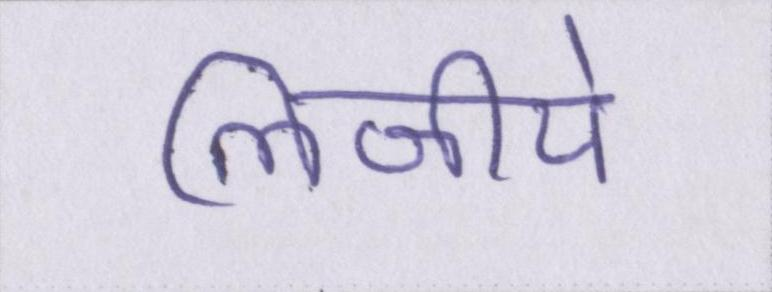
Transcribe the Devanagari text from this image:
लिजीये